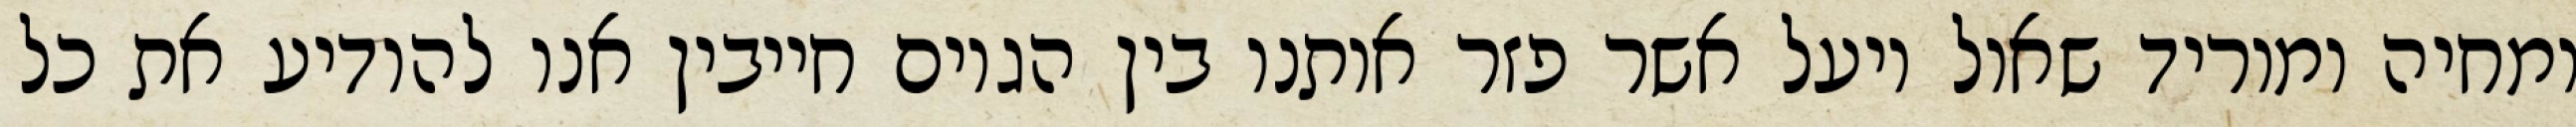
ומחיה ומוריד שאול ויעל אשר פזר אותנו בין הגוים חייבין אנו להודיע את כל